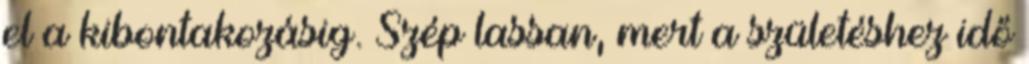
el a kibontakozásig. Szép lassan, mert a születéshez idő